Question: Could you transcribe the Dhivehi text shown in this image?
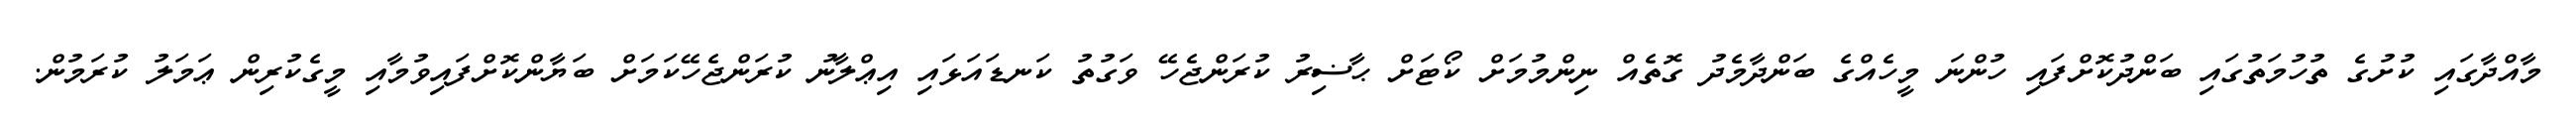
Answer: މާއްދާގައި ކުށުގެ ތުހުމަތުގައި ބަންދުކޮށްފައި ހުންނަ މީހެއްގެ ބަންދާމެދު ގޮތެއް ނިންމުމަށް ކޯޓަށް ޙާޟިރު ކުރަންޖެހޭ ވަގުތު ކަނޑައަޅައި އިޢްލާނު ކުރަންޖެހޭކަމަށް ބަޔާންކޮށްފައިވުމާއި މީގެކުރިން ޢަމަލު ކުރަމުން.